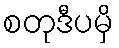
စတုဒီပမှိ